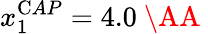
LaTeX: x_{1}^{\mathrm CAP}=4.0\mathrm{~\AA~}